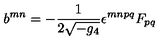
b ^ { m n } = - \frac { 1 } { 2 \sqrt { - g _ { 4 } } } \epsilon ^ { m n p q } F _ { p q }